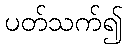
ပတ်သက်၍